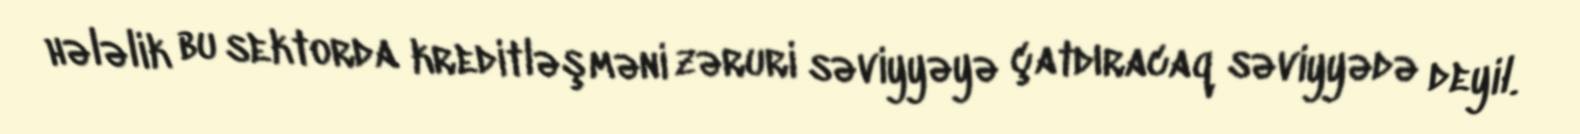
hələlik bu sektorda kreditləşməni zəruri səviyyəyə çatdıracaq səviyyədə deyil.